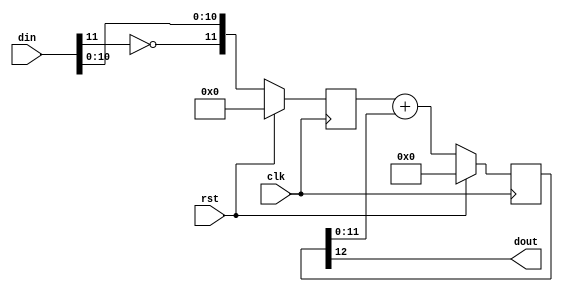
// This program was cloned from: https://github.com/jotego/jt12
// License: GNU General Public License v3.0

/*  This file is part of JT12.

    JT12 is free software: you can redistribute it and/or modify
    it under the terms of the GNU General Public License as published by
    the Free Software Foundation, either version 3 of the License, or
    (at your option) any later version.

    JT12 is distributed in the hope that it will be useful,
    but WITHOUT ANY WARRANTY; without even the implied warranty of
    MERCHANTABILITY or FITNESS FOR A PARTICULAR PURPOSE.  See the
    GNU General Public License for more details.

    You should have received a copy of the GNU General Public License
    along with JT12.  If not, see <http://www.gnu.org/licenses/>.

	Author: Jose Tejada Gomez. Twitter: @topapate
	Version: 1.0
	Date: March, 9th 2017
	*/

`timescale 1ns / 1ps

/*

	input sampling rate must be the same as clk frequency
    interpolation the input signal accordingly to get the
    right sampling rate

*/

module jt12_dac #(parameter width=12)
(
	input	clk,
    input	rst,
    input	signed	[width-1:0] din,
    output	dout
);
localparam acc_w = width+1;

reg [width-1:0] nosign;
reg [acc_w-1:0] acc;
wire [acc_w-2:0] err = acc[acc_w-2:0];

assign dout = acc[acc_w-1];

always @(posedge clk) 
if( rst ) begin
	acc <= {(acc_w){1'b0}};
	nosign <= {width{1'b0}};
end
else begin
	nosign <= { ~din[width-1], din[width-2:0] };
	acc <= nosign + err;
end

endmodule